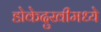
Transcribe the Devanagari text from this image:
डोकेदुखीमध्ये